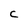
Character: C